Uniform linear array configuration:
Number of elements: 32
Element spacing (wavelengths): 0.25
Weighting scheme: cosine
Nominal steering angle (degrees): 45
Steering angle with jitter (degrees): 44.788
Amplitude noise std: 0.05
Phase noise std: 0.05

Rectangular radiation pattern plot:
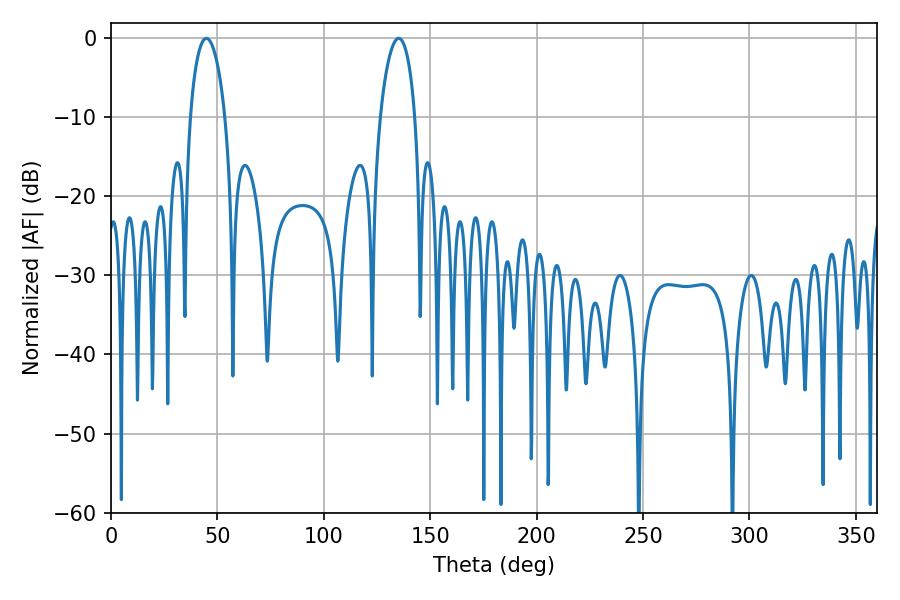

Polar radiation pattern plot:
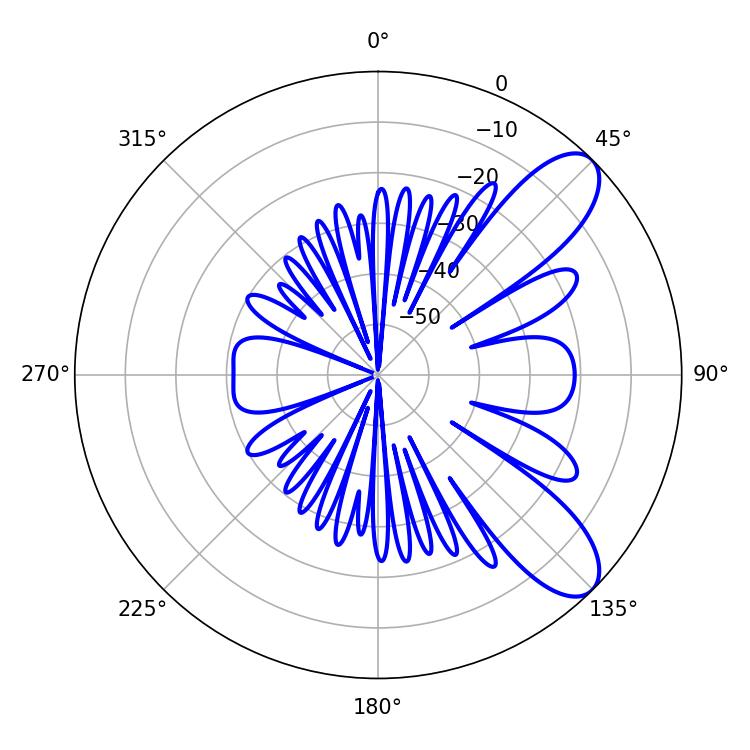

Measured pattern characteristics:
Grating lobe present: FALSE
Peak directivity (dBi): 9.011
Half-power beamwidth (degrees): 9.36
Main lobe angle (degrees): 44.82